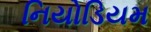
નિયોડિયમ